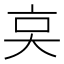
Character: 𠅌